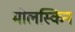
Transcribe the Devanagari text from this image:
मोलस्किन